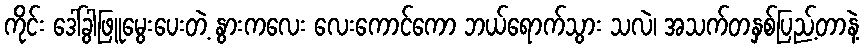
ကိုင်း ဒေါ်ခွါဖြူမွေးပေးတဲ့ နွားကလေး လေးကောင်ကော ဘယ်ရောက်သွား သလဲ၊ အသက်တနှစ်ပြည့်တာနဲ့